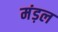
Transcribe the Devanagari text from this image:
मंड़ल